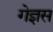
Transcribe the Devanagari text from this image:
गेज्ञस